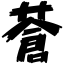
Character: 蒼